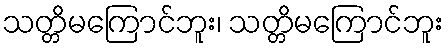
သတ္တိမကြောင်ဘူး၊ သတ္တိမကြောင်ဘူး